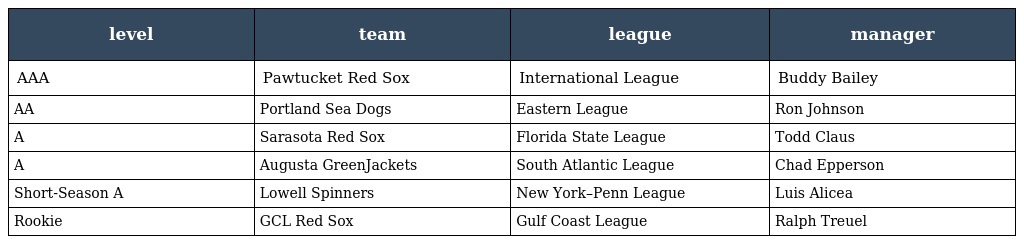
| level | team | league | manager |
 | --- | --- | --- | --- |
 | AAA | Pawtucket Red Sox | International League | Buddy Bailey |
 | AA | Portland Sea Dogs | Eastern League | Ron Johnson |
 | A | Sarasota Red Sox | Florida State League | Todd Claus |
 | A | Augusta GreenJackets | South Atlantic League | Chad Epperson |
 | Short-Season A | Lowell Spinners | New York–Penn League | Luis Alicea |
 | Rookie | GCL Red Sox | Gulf Coast League | Ralph Treuel |